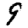
Digit: 9